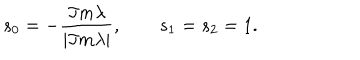
s _ { 0 } = - { \frac { \Im m \lambda } { | \Im m \lambda | } } , \qquad s _ { 1 } = s _ { 2 } = 1 .